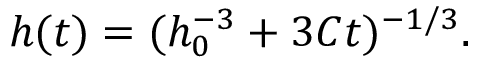
\begin{array} { r } { h ( t ) = ( h _ { 0 } ^ { - 3 } + 3 C t ) ^ { - 1 / 3 } . } \end{array}